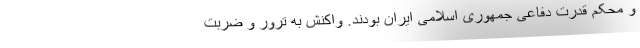
و محکم قدرت دفاعی جمهوری اسلامی ایران بودند. واکنش به ترور و ضربت